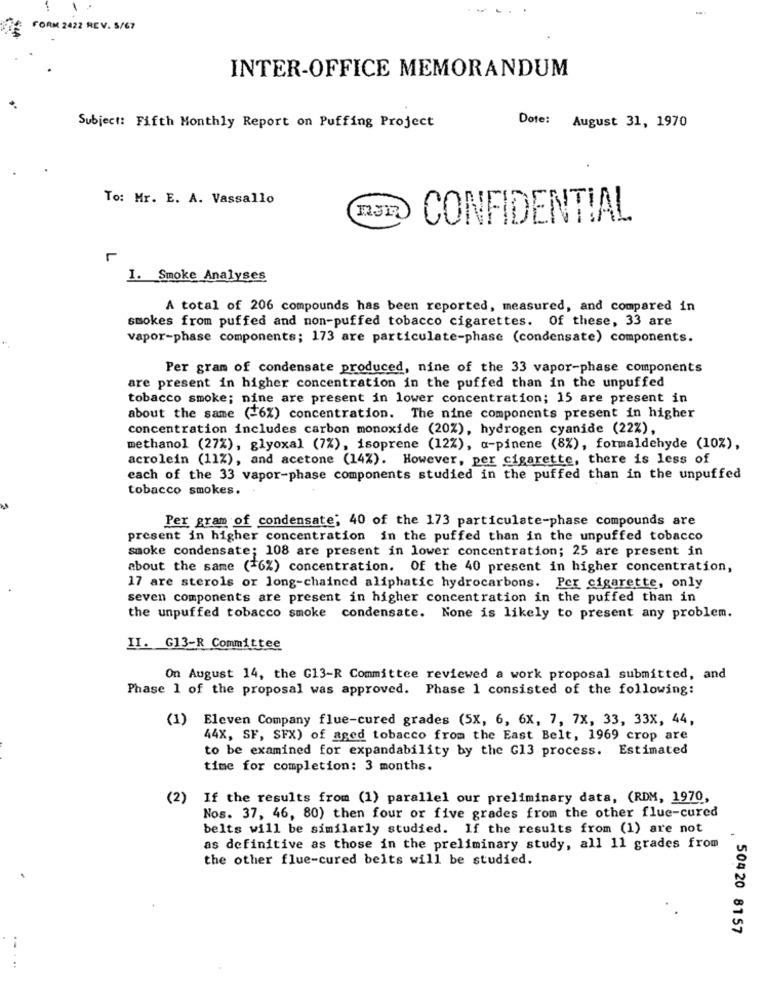
FORM 2422 REV. 5/67
INTER-OFFICE MEMORANDUM
Subject: Fifth Monthly Report on Puffing Project
Dote: August 31, 1970
To: Mr. E. A. Vassallo
CONFIDENTIAL
r
I. Smoke Analyses
A total of 206 compounds has been reported, measured, and compared in
smokes from puffed and non-puffed tobacco cigarettes. Of these, 33 are
vapor-phase components; 173 are particulate-phase (condensate) components.
Per gram of condensate produced, nine of the 33 vapor-phase components
are present in higher concentration in the puffed than in the unpuffed
tobacco smoke; nine are present in lower concentration; 15 are present in
about the same (+6%) concentration. The nine components present in higher
concentration includes carbon monoxide (20%), hydrogen cyanide (22%),
methanol (27%), glyoxal (7%), isoprene (12%), a-pinene (8%), formaldehyde (10%),
acrolein (11%), and acetone (14%). However, per cigarette, there is less of
each of the 33 vapor-phase components studied in the puffed than in the unpuffed
tobacco smokes.
Per gram of condensate; 40 of the 173 particulate-phase compounds are
present in higher concentration in the puffed than in the unpuffed tobacco
smoke condensate; 108 are present in lower concentration; 25 are present in
about the same ( 6%) concentration. Of the 40 present in higher concentration,
17 are sterols or long-chained aliphatic hydrocarbons. Per cigarette, only
seven components are present in higher concentration in the puffed than in
the unpuffed tobacco smoke condensate. None is likely to present any problem.
II. G13-R Committee
On August 14, the G13-R Committee reviewed a work proposal submitted, and
Phase 1 of the proposal was approved. Phase 1 consisted of the following:
(1)
Eleven Company flue-cured grades (5X, 6, 6x, 7, 7x, 33, 33X, 44,
44X, SF, SFX) of aged tobacco from the East Belt, 1969 crop are
to be examined for expandability by the G13 process. Estimated
time for completion: 3 months.
(2)
If the results from (1) parallel our preliminary data, (RDM, 1970,
Nos. 37, 46, 80) then four or five grades from the other flue-cured
belts will be similarly studied. If the results from (1) are not
as definitive as those in the preliminary study, all 11 grades from
the other flue-cured belts will be studied.
504 20 81 57
. ..